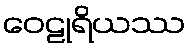
ဝေဠုရိယဿ